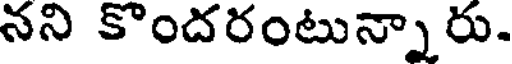
నని కొందరంటున్నారు.